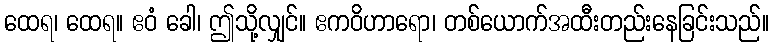
ထေရ၊ ထေရ။ ဧဝံ ခေါ၊ ဤသို့လျှင်။ ဧကဝိဟာရော၊ တစ်ယောက်အထီးတည်းနေခြင်းသည်။